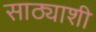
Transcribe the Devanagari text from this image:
साठ्याशी